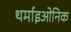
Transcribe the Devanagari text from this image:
थर्माइओनिक